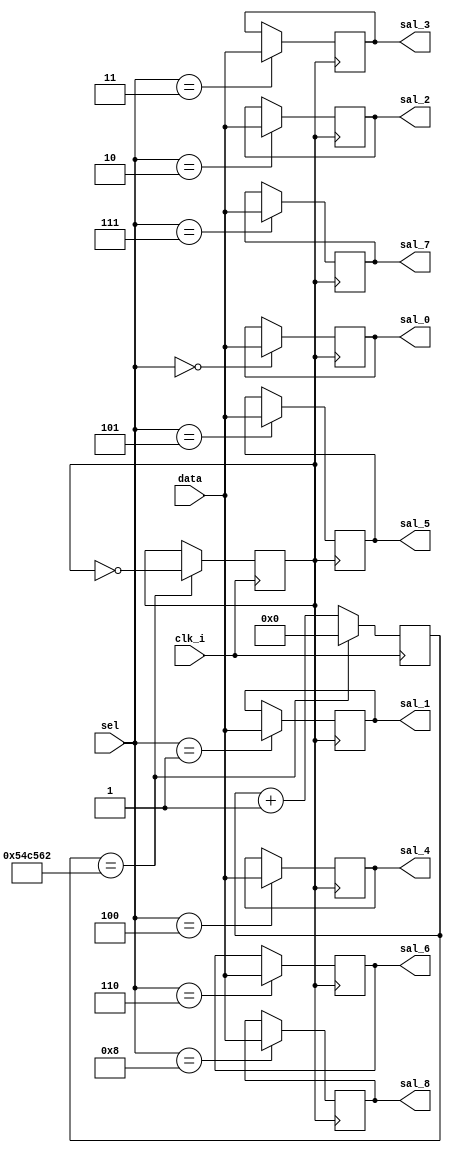
`timescale 1ns / 1ps
//////////////////////////////////////////////////////////////////////////////////
// Company: 
// Engineer: 
// 
// Design Name: 
// Module Name:    DeMUX 
// Project Name: 
// Target Devices: 
// Tool versions: 
// Description: 
//
// Dependencies: 
//
// Revision: 
// Revision 0.01 - File Created
// Additional Comments: 
//
//////////////////////////////////////////////////////////////////////////////////

//Demultiplexor de decenas

module DeMUX(clk_i,data,sel,sal_0,sal_1,sal_2,sal_3,sal_4,sal_5,sal_6,sal_7,sal_8);

input clk_i;
input [3:0] sel,data;
output reg[3:0] sal_0,sal_1,sal_2,sal_3,sal_4,sal_5,sal_6,sal_7,sal_8;
reg [22:0]cont = 23'b0;
reg clko=1'b0;


always @(posedge clk_i)
		begin
			if(cont == 23'd5555554) 
				begin
					cont = 23'b0;
					clko=~clko;
			end
			else
		cont=cont+1'b1; 
		end	

always@(posedge clko)
	begin
		case(sel)
		4'd0: sal_0=data;
		4'd1: sal_1=data;
		4'd2: sal_2=data;
		4'd3: sal_3=data;
		4'd4: sal_4=data;
		4'd5: sal_5=data;
		4'd6: sal_6=data;
		4'd7: sal_7=data;
		4'd8: sal_8=data;
		endcase

	end

endmodule